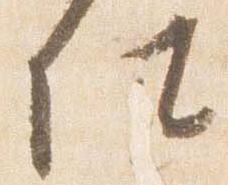
仕